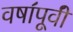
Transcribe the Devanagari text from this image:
वषा॔पूवी॔